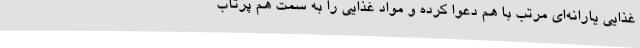
غذایی یارانه‌ای مرتب با هم دعوا کرده و مواد غذایی را به سمت هم پرتاب